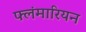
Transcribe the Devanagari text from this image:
फ्लंमारियन